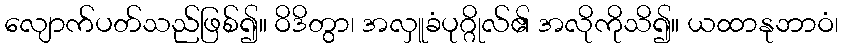
လျောက်ပတ်သည်ဖြစ်၍။ ဝိဒိတွာ၊ အလှူခံပုဂ္ဂိုလ်၏ အလိုကိုသိ၍။ ယထာနုဘာဝံ၊